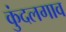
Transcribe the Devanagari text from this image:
कुंदलगाव